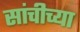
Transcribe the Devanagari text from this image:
सांचीच्या